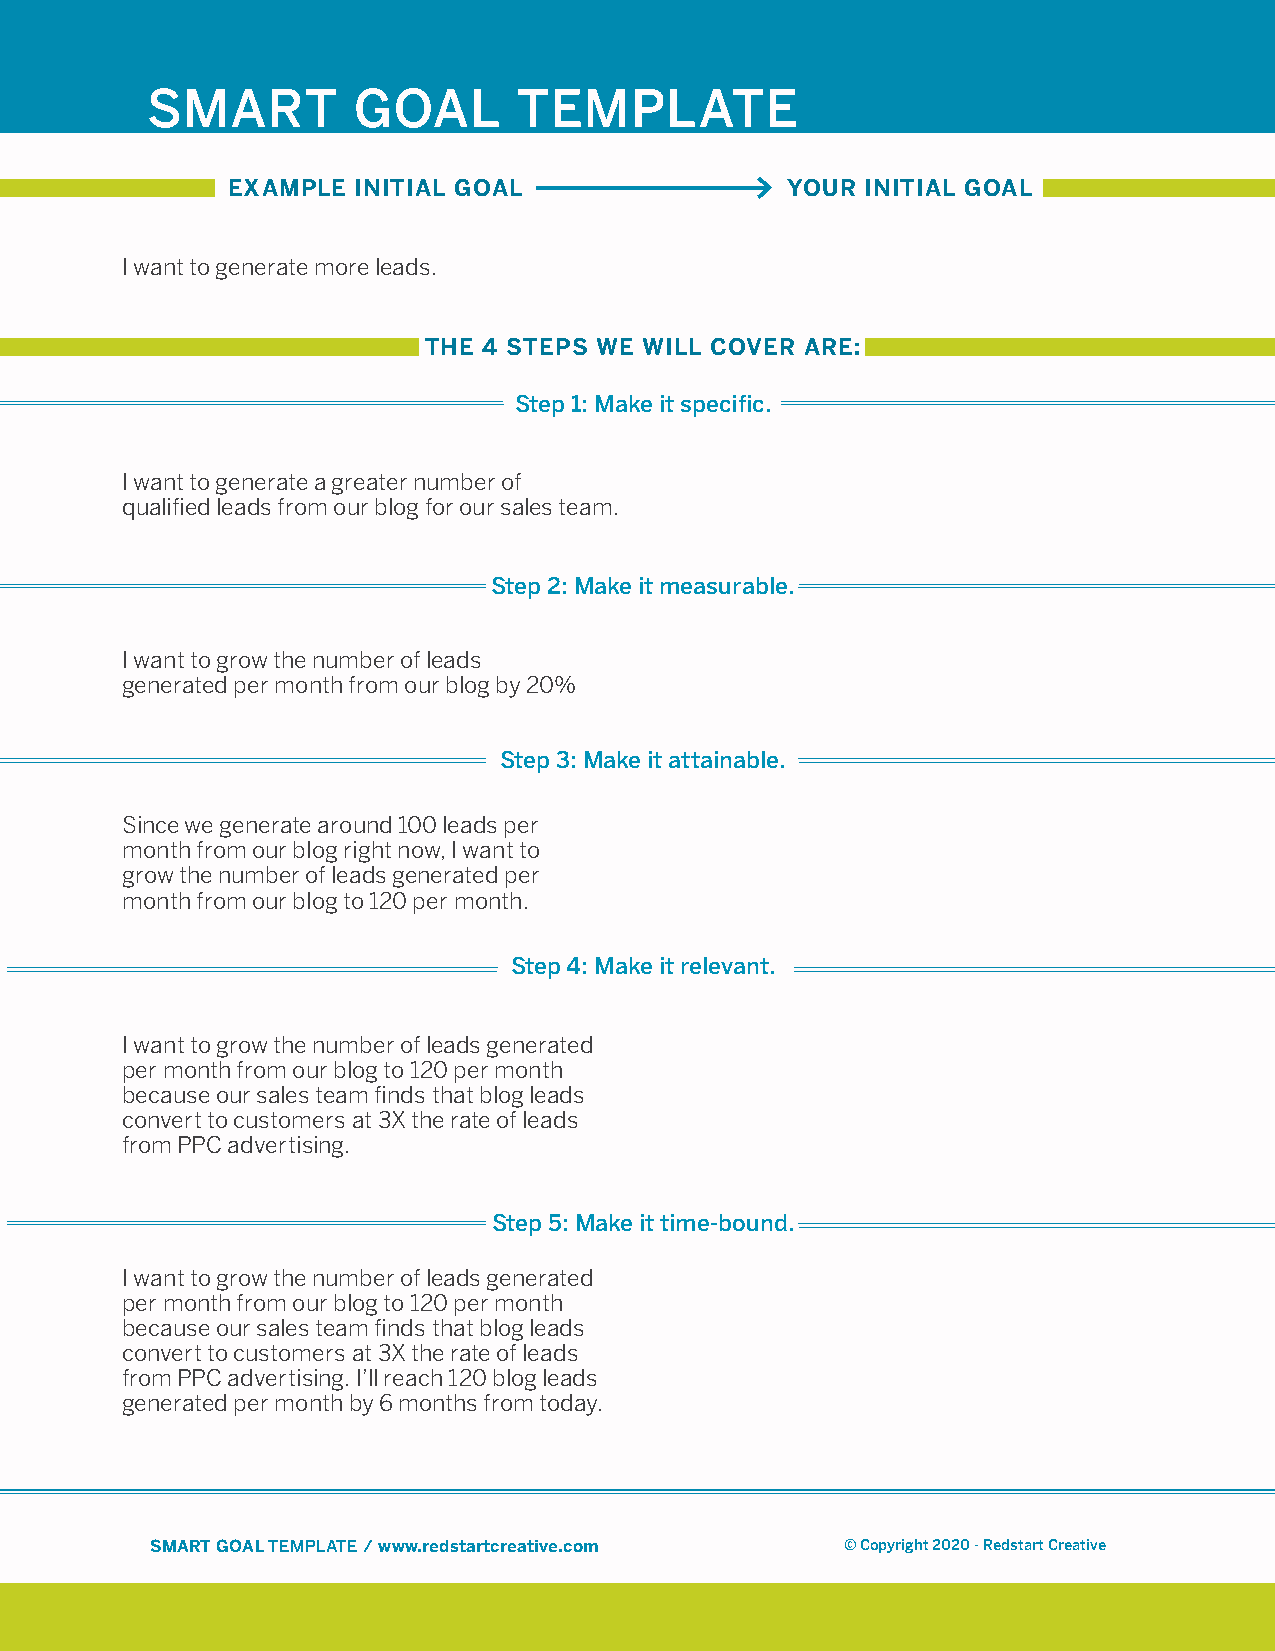
SMART        GOAL       TEMPLATE
 EXAMPLE  INITIAL GOAL                YOUR INITIAL GOAL
 I want to generate more leads.
 THE 4 STEPS WE WILL COVER ARE:
 Step 1: Make it specific.
 I want to generate a greater number of
 qualified leads from our blog for our sales team.
 Step 2: Make it measurable.
 I want to grow the number of leads
 generated per month from our blog by 20%
 Step 3: Make it attainable.
 Since we generate around 100 leads per
 month from our blog right now, I want to
 grow the number of leads generated per
 month from our blog to 120 per month.
 Step 4: Make it relevant.
 I want to grow the number of leads generated
 per month from our blog to 120 per month
 because our sales team finds that blog leads
 convert to customers at 3X the rate of leads
 from PPC advertising.
 Step 5: Make it time-bound.
 I want to grow the number of leads generated
 per month from our blog to 120 per month
 because our sales team finds that blog leads
 convert to customers at 3X the rate of leads
 from PPC advertising. I’ll reach 120 blog leads
 generated per month by 6 months from today.
 SMART GOAL TEMPLATE / www.redstartcreative.com © Copyright 2020 - Redstart Creative